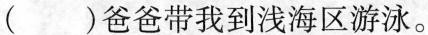
（）爸爸带我到浅海区游泳。